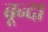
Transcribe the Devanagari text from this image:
बून्दा